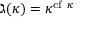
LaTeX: \gimel ( \kappa ) = \kappa ^ { { \mathrm { c f ~ } } \kappa }